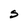
Character: S